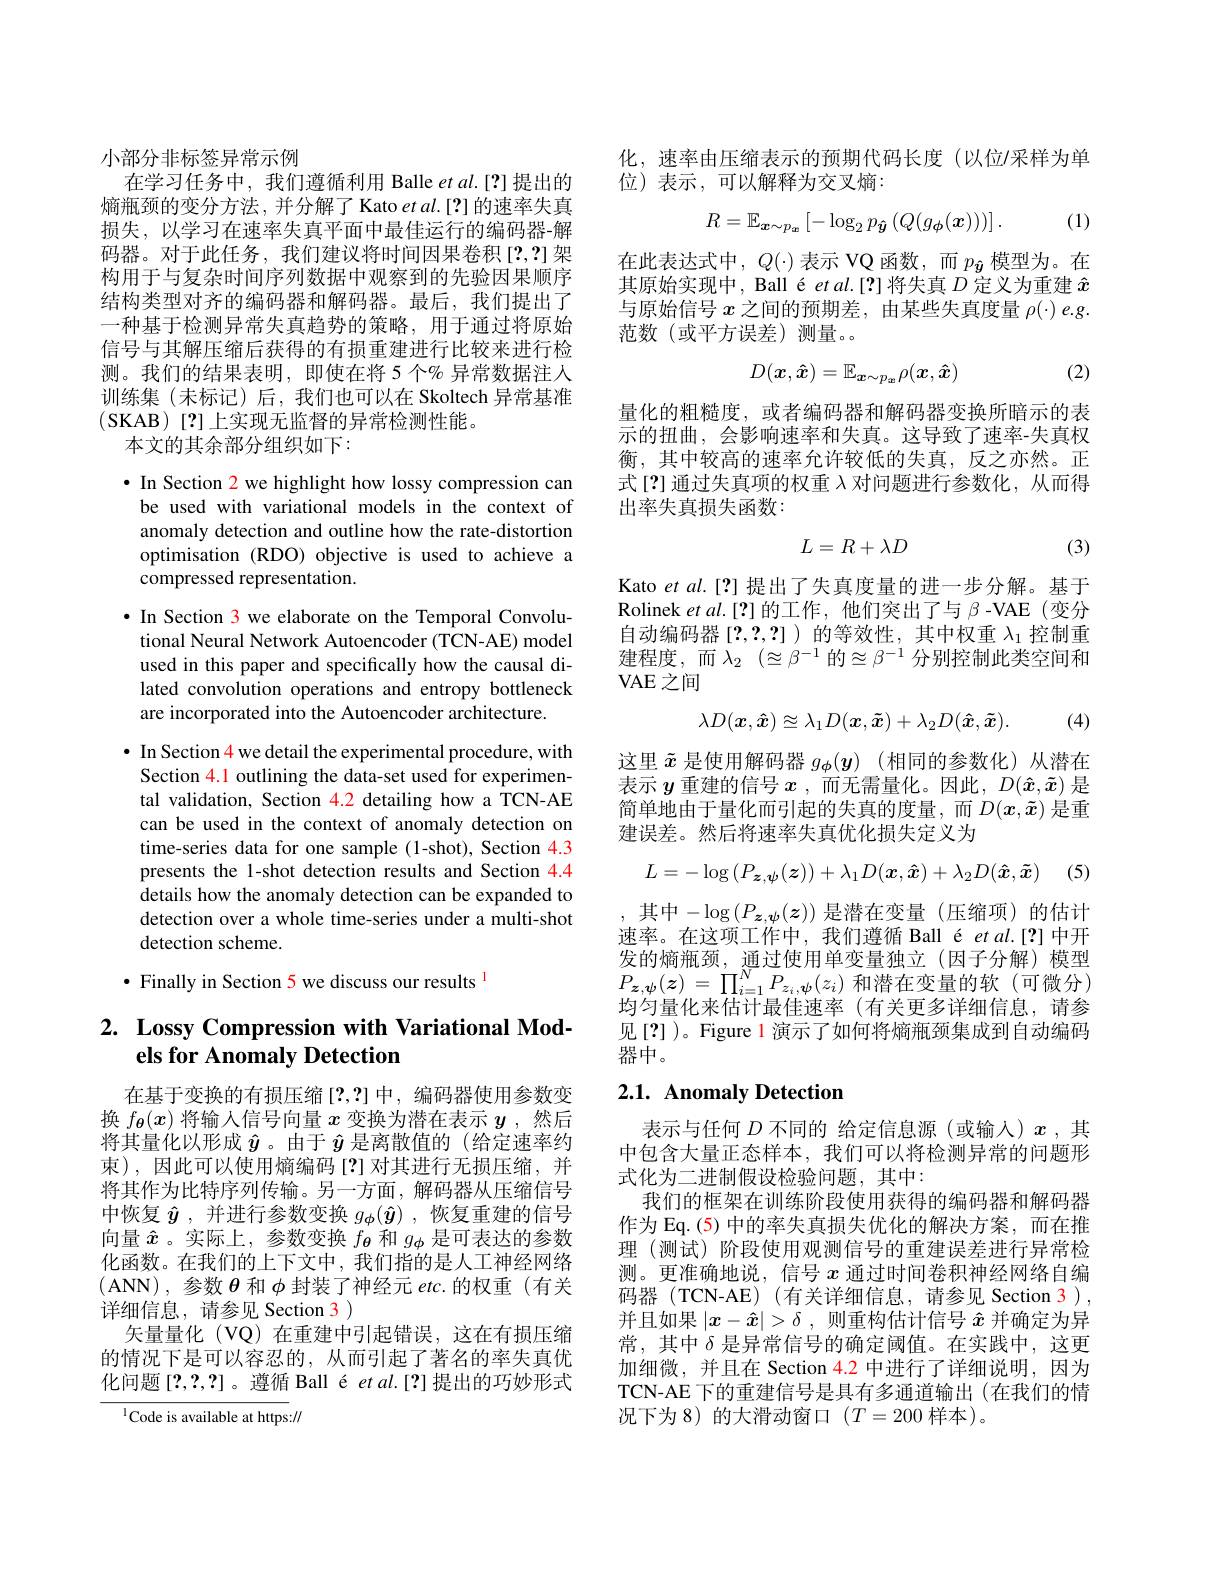
小部分非标签异常示例
在学习任务中，我们遵循利用 Balle et al.[?]提出的熵瓶颈的变分方法，并分解了 Kato et al.[?] 的速率失真损失，以学习在速率失真平面中最佳运行的编码器-解码器。对于此任务，我们建议将时间因果卷积[2,2]架构用于与复杂时间序列数据中观察到的先验因果顺序结构类型对齐的编码器和解码器。最后，我们提出了一种基于检测异常失真趋势的策略，用于通过将原始信号与其解压缩后获得的有损重建进行比较来进行检测。我们的结果表明，即使在将 5个% 异常数据注人训练集(未标记)后，我们也可以在 Skoltech 异常基准(SKAB)[?]上实现无监督的异常检测性能。
本文的其余部分组织如下：

$\bullet$ In Section 2 we highlight how lossy compression can be used with variational models in the context of anomaly detection and outline how the rate-distortion optimisation (RDO) objective is used to achieve a compressed representation.
$\bullet$ In Section 3 we elaborate on the Temporal Convolu-
tional Neural Network Autoencoder (TCN-AE) model used in this paper and specifically how the causal dilated convolution operations and entropy bottleneck are incorporated into the Autoencoder architecture.
$\bullet$ In Section 4 we detail the experimental procedure, with Section 4.1 outlining the data-set used for experimental validation, Section 4.2 detailing how a TCN-AE can be used in the context of anomaly detection on time-series data for one sample (1-shot), Section 4.3 presents the 1-shot detection results and Section 4.4 details how the anomaly detection can be expanded to detection over a whole time-series under a multi-shot detection scheme.
· Finally in Section 5 we discuss our results l

## 2. Lossy Compression with Variational Models for Anomaly Detection

在基于变换的有损压缩[?,?]中，编码器使用参数变换$f_{\boldsymbol{\theta}}(x)$将输入信号向量$x$变换为潜在表示$y$ ,然后将其量化以形成$\hat{y}$ 。由于$\hat{y}$是离散值的 (给定速率约束),因此可以使用熵编码[?]对其进行无损压缩，并将其作为比特序列传输。另一方面，解码器从压缩信号中恢复$\hat{y}$ ,并进行参数变换$g_\phi(\hat{y})$ ,恢复重建的信号向量$\hat{x}$ 。实际上，参数变换$f_{\boldsymbol{\theta}}$和$g_{\boldsymbol{\phi}}$是可表达的参数化函数。在我们的上下文中，我们指的是人工神经网络(ANN),参数$\theta$和$\phi$封装了神经元$etc.$的权重(有关详细信息，请参见 Section 3 )
矢量量化 (VQ) 在重建中引起错误，这在有损压缩的情况下是可以容忍的，从而引起了著名的率失真优化问题[2,2,?]。遵循 Ball é et al.[?] 提出的巧妙形式

$^{1}$Code is available at https://

化，速率由压缩表示的预期代码长度(以位/采样为单
位)表示，可以解释为交叉熵：
$$R=\mathbb{E}_{\boldsymbol{x}\sim p_{\boldsymbol{x}}}\left[-\log_{2}p_{\boldsymbol{\hat{y}}}\left(Q(g_{\boldsymbol{\phi}}(\boldsymbol{x}))\right)\right].$$
(1)

在此表达式中，$Q(\cdot)$表示 VQ 函数，而$p_{\hat{\boldsymbol{y}}}$模型为。在其原始实现中，Ball é et al.[?]将失真$D$定义为重建$\hat{x}$ 与原始信号$x$之间的预期差，由某些失真度量$\rho(\cdot)e.g.$ 范数(或平方误差)测量。

(2)
$$D(\boldsymbol{x},\boldsymbol{\hat{x}})=\mathbb{E}_{\boldsymbol{x}\sim p_{\boldsymbol{x}}}\rho(\boldsymbol{x},\boldsymbol{\hat{x}})$$
量化的粗糙度，或者编码器和解码器变换所暗示的表示的扭曲，会影响速率和失真。这导致了速率-失真权衡，其中较高的速率允许较低的失真，反之亦然。正式[2]通过失真项的权重$\lambda$对问题进行参数化，从而得出率失真损失函数：
$$L=R+\lambda D$$
(3)

Kato et $al.[?]$提出了失真度量的进一步分解。基于Rolinek et al.[?] 的工作，他们突出了与$\beta$ -VAE(变分自动编码器[2,2,2] )的等效性，其中权重$\lambda_1$控制重建程度，而$\lambda _2$ $( \approxeq \beta ^{- 1}$的$\approxeq\beta^{-1}$分别控制此类空间和VAE 之间
$$\lambda D(\boldsymbol{x},\boldsymbol{\hat{x}})\approxeq\lambda_1D(\boldsymbol{x},\boldsymbol{\tilde{x}})+\lambda_2D(\boldsymbol{\hat{x}},\boldsymbol{\tilde{x}}).$$
(4)

这里$\tilde{x}$是使用解码器$g_\phi ( \boldsymbol{y})$ (相同的参数化)从潜在表示$y$重建的信号$x$ ,而无需量化。因此，$D(\hat{x},\tilde{x})$是简单地由于量化而引起的失真的度量，而$D(x,\tilde{x})$ 是重建误差。然后将速率失真优化损失定义为
$$L=-\log\left(P_{\boldsymbol{z},\boldsymbol{\psi}}(\boldsymbol{z})\right)+\lambda_1D(\boldsymbol{x},\boldsymbol{\hat{x}})+\lambda_2D(\boldsymbol{\hat{x}},\boldsymbol{\tilde{x}})$$
(5)

,其中$-\log(P_{\boldsymbol{z},\boldsymbol{\psi}}(\boldsymbol{z}))$ 是潜在变量(压缩项)的估计速率。在这项工作中，我们遵循 Ball é et al.[?]中开发的熵瓶颈，通过使用单变量独立(因子分解)模型$P_{\boldsymbol{z}, \boldsymbol{\psi }}( \boldsymbol{z})$ = $\prod _{i= 1}^{N}P_{z_{i}, \boldsymbol{\psi }}( z_{i})$和潜在变量的软(可微分) 均匀量化来估计最佳速率(有关更多详细信息，请参见[2])。Figure l 演示了如何将熵瓶颈集成到自动编码器中。

## 2.1. Anomaly Detection

表示与任何$D$不同的 给定信息源(或输入)$x$ ,其中包含大量正态样本，我们可以将检测异常的问题形式化为二进制假设检验问题，其中：
我们的框架在训练阶段使用获得的编码器和解码器作为 Eq. (5) 中的率失真损失优化的解决方案，而在推理(测试)阶段使用观测信号的重建误差进行异常检测。更准确地说，信号$x$通过时间卷积神经网络自编码器(TCN-AE)(有关详细信息，请参见 Section 3), 并且如果$|x-\hat{x}|>\delta$ ,则重构估计信号$\hat{x}$并确定为异常，其中$\delta$是异常信号的确定阈值。在实践中，这更加细微，并且在 Section 4.2 中进行了详细说明，因为TCN-AE 下的重建信号是具有多通道输出(在我们的情况下为 8) 的大滑动窗口$(T=200$样本)。